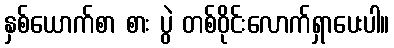
နှစ်ယောက်စာ စား ပွဲ တစ်ဝိုင်းလောက်ရှာပေးပါ။